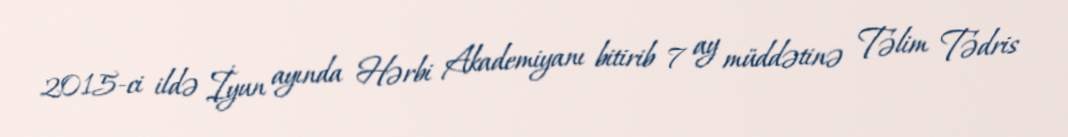
2015-ci ildə İyun ayında Hərbi Akademiyanı bitirib 7 ay müddətinə Təlim Tədris